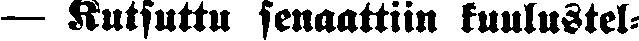
— Kutsuttu senaattiin kuulustel-